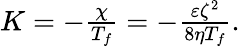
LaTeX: \begin{array}{r}{K=-\frac{\chi}{T_{f}}=-\frac{\varepsilon\zeta^{2}}{8\eta T_{f}}.}\end{array}